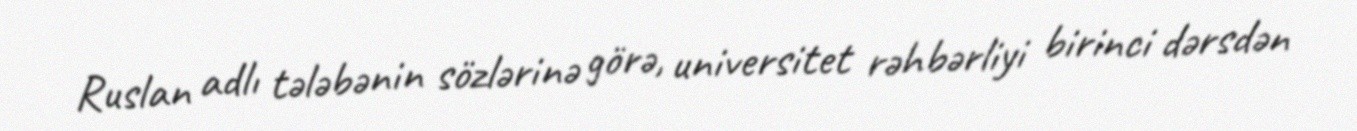
Ruslan adlı tələbənin sözlərinə görə, universitet rəhbərliyi birinci dərsdən